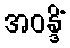
အဝန္ဒိံ